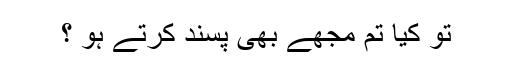
تو کیا تم مجھے بھی پسند کرتے ہو ؟